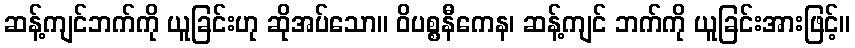
ဆန့်ကျင်ဘက်ကို ယူခြင်းဟု ဆိုအပ်သော။ ဝိပစ္စနီကေန၊ ဆန့်ကျင် ဘက်ကို ယူခြင်းအားဖြင့်။